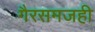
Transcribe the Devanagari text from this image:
गैरसमजही